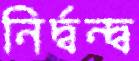
নির্দ্বন্দ্ব